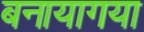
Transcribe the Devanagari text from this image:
बनायागया